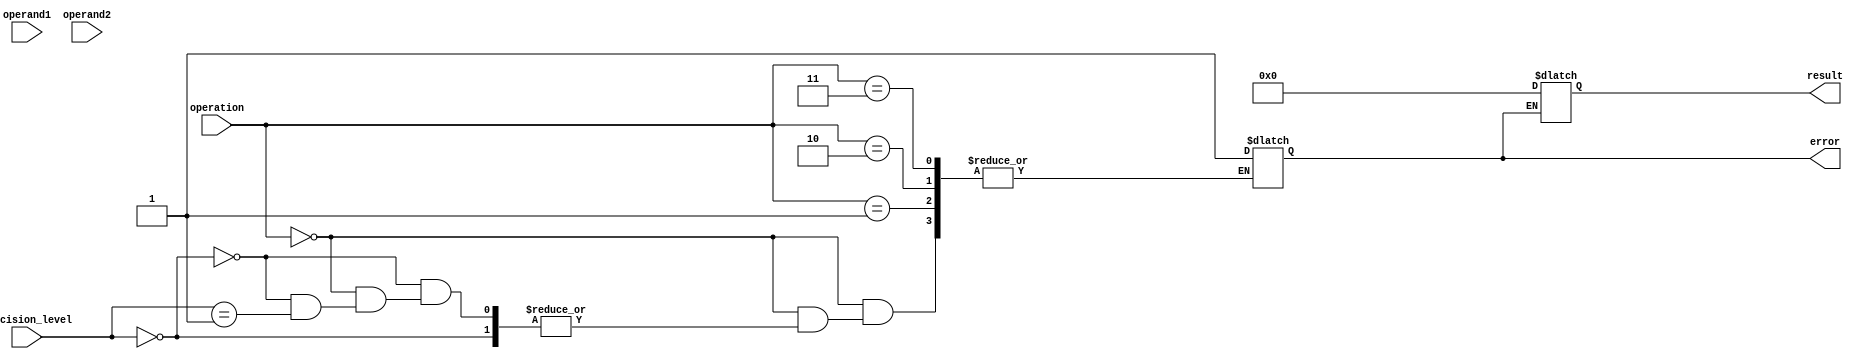
module floating_point_unit (
  input [31:0] operand1,
  input [31:0] operand2,
  input [1:0] precision_level,
  input [1:0] operation, // 00: addition, 01: subtraction, 10: multiplication, 11: division
  output reg [31:0] result,
  output reg error
);

// Registers to store input operands and result
reg [31:0] reg_operand1;
reg [31:0] reg_operand2;
reg [31:0] reg_result;

// Add your arithmetic blocks here for addition, subtraction, multiplication, and division 

// Control logic to select appropriate precision format
always @(*) begin
  case(operation)
    2'b00: begin // addition
      if (precision_level == 2'b00) begin
        // perform addition with single precision
      end
      else if (precision_level == 2'b01) begin
        // perform addition with double precision
      end
      else begin
        error = 1; // error for unsupported precision level
      end
    end
    2'b01: begin // subtraction
      // similar logic for subtraction
    end
    2'b10: begin // multiplication
      // similar logic for multiplication
    end
    2'b11: begin // division
      // similar logic for division
    end
    default: begin
      error = 1; // error for unsupported operation
    end
  endcase
end

// Error handling mechanisms
always @(*) begin
  if (error == 1) begin
    // handle error
    result = 32'h00000000; // assign result as needed for error handling
  end
end

endmodule